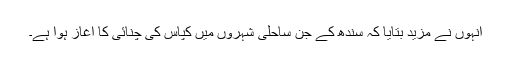
انہوں نے مزید بتایا کہ سندھ کے جن ساحلی شہروں میں کپاس کی چنائی کا آغاز ہوا ہے۔